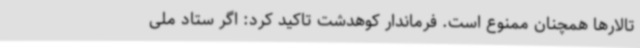
تالارها همچنان ممنوع است. فرماندار کوهدشت تاکید کرد: اگر ستاد ملی